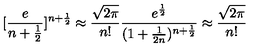
[ \frac { e } { n + \frac { 1 } { 2 } } ] ^ { n + \frac { 1 } { 2 } } \approx \frac { \sqrt { 2 \pi } } { n ! } \frac { e ^ { \frac { 1 } { 2 } } } { ( 1 + \frac { 1 } { 2 n } ) ^ { n + \frac { 1 } { 2 } } } \approx \frac { \sqrt { 2 \pi } } { n ! }